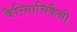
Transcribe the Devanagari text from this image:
कैरिनाचिकैनो